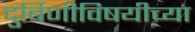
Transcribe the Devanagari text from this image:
दुर्बिणीविषयीच्या